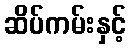
ဆိပ်ကမ်းနှင့်